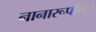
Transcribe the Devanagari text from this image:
नानारूपमिदं